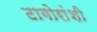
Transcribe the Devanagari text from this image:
टागोरांशी